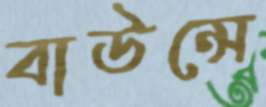
বাউন্সে